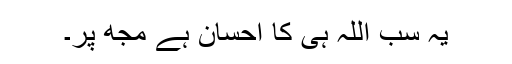
یہ سب اللہ ہی کا احسان ہے مجھ پر۔